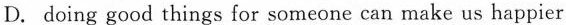
D.doing good things for someone can make us happier